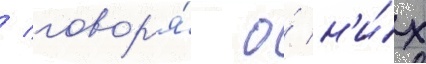
/ говор'я́ о́ н'и́х